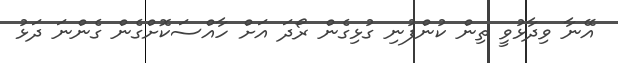
އޭނާ ވިދާޅުވީ ތިން ކުންފުނި ގުޅިގެން ރޯދަ އަށް ހާއްސަކޮށްގެން ގެންނަ ދަޅު